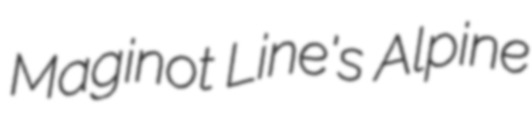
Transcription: Maginot Line's Alpine